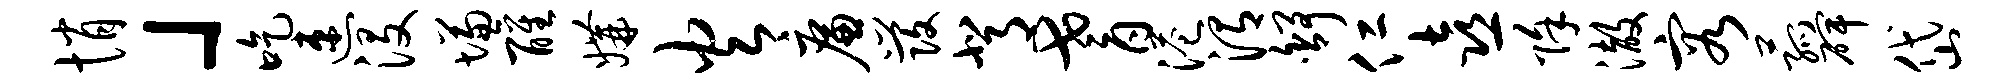
悄」吃速没慊醒媾火廉发背耆港渭舒仁喜除澈容菰碑岱